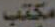
مكتب